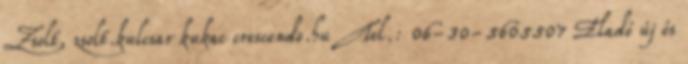
Zsolt, zsolt.kulcsar kukac crescendo.hu Tel.: 06-30-5605507 Eladó új és